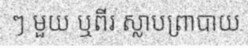
ៗ មួយ ឬពីរ ស្លាបព្រាបាយ